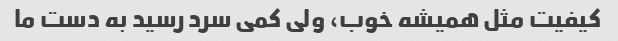
کیفیت مثل همیشه خوب، ولی کمی سرد رسید به دست ما